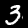
Label: 3